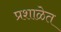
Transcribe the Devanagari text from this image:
प्रशाळेत